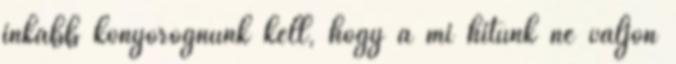
inkább könyörögnünk kell, hogy a mi hitünk ne váljon